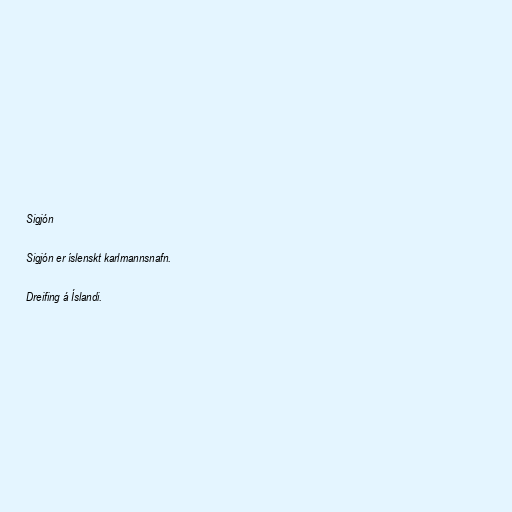
Sigjón

Sigjón er íslenskt karlmannsnafn.

Dreifing á Íslandi.